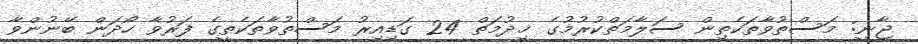
ޖާނީ: މަސްތުވާތަކެތިން ސަލާމަތްކުރުމުގެ ޚިދުމަތް 24 ގަޑިއިރު މަސްތުވާތަކެތީގެ ފަރުވާ ހޯދަން ބޭނުންވާ